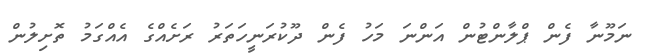
ނަމޫނާ ފެން ޕްލާންޓުން އަންނަ މަހު ފެން ދޫކުރަނީހަތަރު ރަށެއްގެ އެއްގަމު ތޮށިލުން